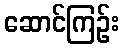
ဆောင်ကြဉ်း